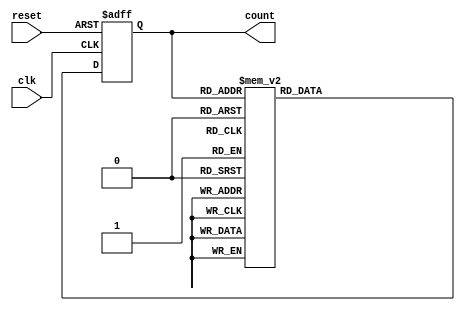
module decade_ring_counter (
    input wire clk,       // Clock input
    input wire reset,     // Asynchronous reset input
    output reg [3:0] count // 4-bit output representing the current count
);

    // Initial state
    initial begin
        count = 4'b0000; // Initialize the counter to 0000
    end

    // Always block triggered on clock edge or reset
    always @(posedge clk or posedge reset) begin
        if (reset) begin
            count <= 4'b0000; // Reset counter to 0000
        end else begin
            case (count)
                4'b0000: count <= 4'b0001;
                4'b0001: count <= 4'b0010;
                4'b0010: count <= 4'b0011;
                4'b0011: count <= 4'b0100;
                4'b0100: count <= 4'b0101;
                4'b0101: count <= 4'b0110;
                4'b0110: count <= 4'b0111;
                4'b0111: count <= 4'b1000;
                4'b1000: count <= 4'b1001;
                4'b1001: count <= 4'b0000; // Wrap around to 0000
                default: count <= 4'b0000; // Default case (should not occur)
            endcase
        end
    end

endmodule